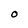
Character: O